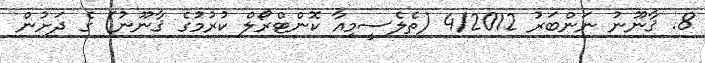
8. ޤާނޫނު ނަންބަރު 4/2012 (ތެލެސީމިއާ ކޮންޓްރޯލް ކުރުމުގެ ޤާނޫނު) ގެ ދަށުން